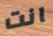
انت